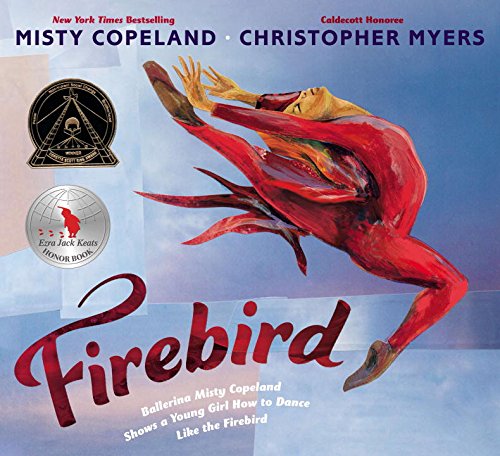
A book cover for Firebird; Misty Copeland; Children's Books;